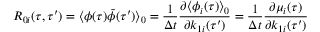
R _ { 0 i } ( \tau , \tau ^ { \prime } ) = \langle \phi ( \tau ) \tilde { \phi } ( \tau ^ { \prime } ) \rangle _ { 0 } = \frac { 1 } { \Delta t } \frac { \partial \langle \phi _ { i } ( \tau ) \rangle _ { 0 } } { \partial k _ { 1 i } { ( \tau ^ { \prime } ) } } = \frac { 1 } { \Delta t } \frac { \partial \mu _ { i } ( \tau ) } { \partial k _ { 1 i } ( \tau ^ { \prime } ) }